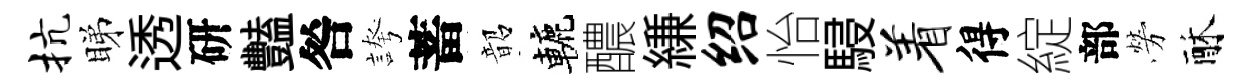
抗睇透研豔咎誇蓄韶轆醲縑绍怡駸着得綻部勞酥